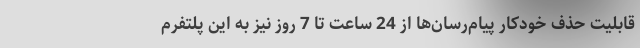
قابلیت حذف خودکار پیام‌رسان‌ها از 24 ساعت تا 7 روز نیز به این پلتفرم